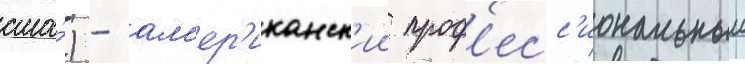
сша́) - ам'ер'иканск'ии проф'есс'иональныи